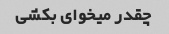
چقدر میخوای بکشی